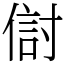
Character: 傠